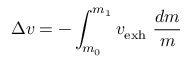
\Delta { v } = - \int _ { m _ { 0 } } ^ { m _ { 1 } } { v _ { \mathrm { e x h } } \ { \frac { d m } { m } } }